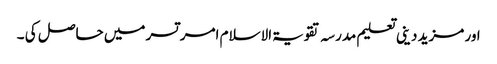
اور مزید دینی تعلیم مدرسہ تقویۃ الاسلام امر تسر میں حاصل کی ۔